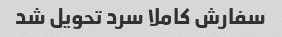
سفارش کاملا سرد تحویل شد